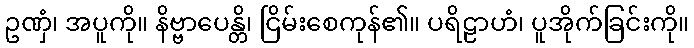
ဥဏှံ၊ အပူကို။ နိဗ္ဗာပေန္တိ၊ ငြိမ်းစေကုန်၏။ ပရိဠာဟံ၊ ပူအိုက်ခြင်းကို။